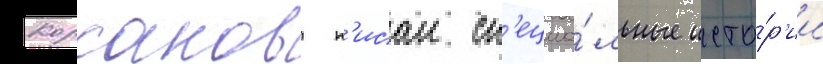
Корсаков п'исал сп'ециа́льные исто́р'ии